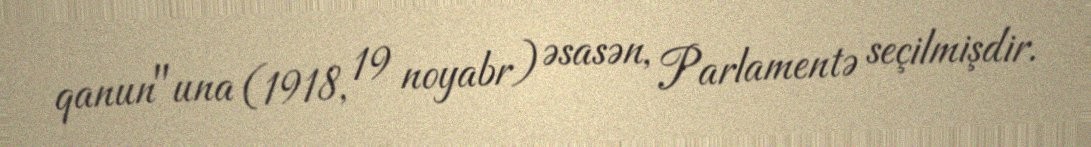
qanun"una (1918, 19 noyabr) əsasən, Parlamentə seçilmişdir.